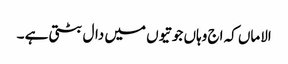
الاماں کہ اج وہاں جوتیوں میں دال بٹتی ہے ۔